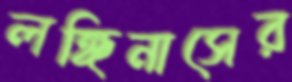
লঙ্গিনাসের